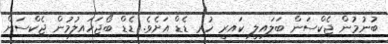
ބުނުމުން ޖެކްސަން ބަލައިލީ ކައިރީ ހުރި ޑެޑް އަށެވެ. ޑެޑް ބޯޖަހައިލުމުން ޖެކްސަން